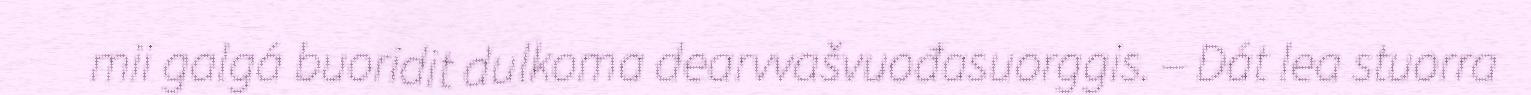
mii galgá buoridit dulkoma dearvvašvuođasuorggis. – Dát lea stuorra